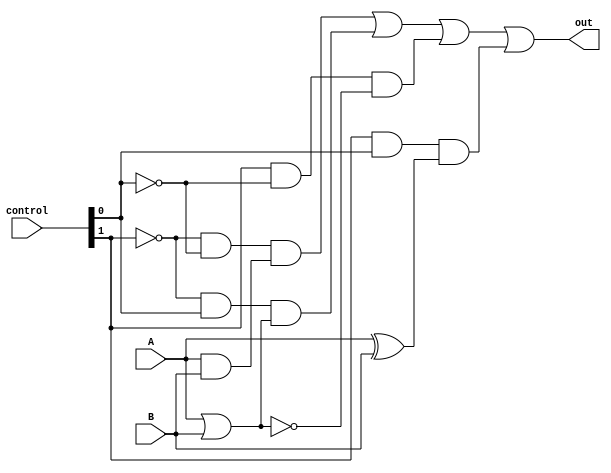
// 00 -> AND, 01 -> OR, 10 -> NOR, 11 -> XOR
module logicunit(out, A, B, control);
    output      out;
    input       A, B;
    input [1:0] control;
    wire   w1,w2,w3,w4,wA,wB,wC,wD,not_control1,not_control0;

not n1(not_control1,control[1]);
not n0(not_control0,control[0]);

//check 00 and
and a1(wA,not_control1,not_control0, w1);
assign w1 = A & B;

//check 01 or
and a2(wB,not_control1,control[0], w2);
assign w2 = A | B;

//check 10 nor
and a3(wC,control[1],not_control0, w3);
assign w3 = A ~| B;

//check 11 xor
and a4(wD,control[1],control[0], w4);
assign w4 = A ^ B;

or o1(out,wA,wB,wC,wD);

endmodule // logicunit